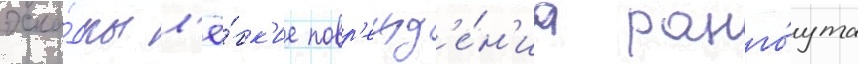
эска́дры л'ё́гк'ие повр'ежд'е́н'иа ранго́ута